Vaccination in Bombay 1913-1923 - 1913-1923
Year: 1913
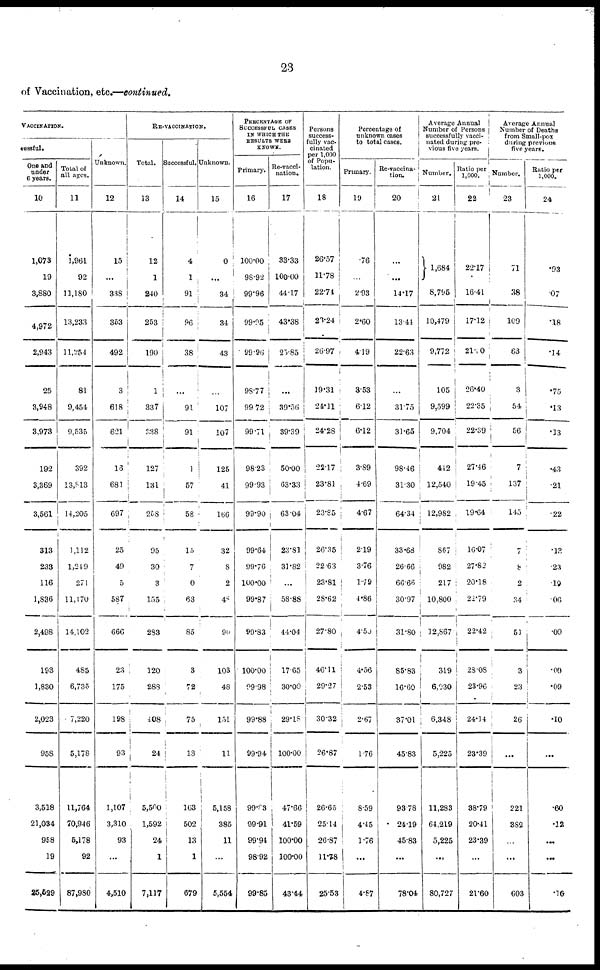
23
of Vaccination, etc.—continued.
VACCINATION.
cessful.
One and
under
6 years.
10
1,073
19
3,880
4,972
2,943
25
3,948
3,973
192
3,369
3,561
313
233
116
1,836
2,498
193
1,830
2,023
958
3,518
21,034
958
19
25,529
Total of
all ages.
11
1,961
92
11,180
13,233
11,254
81
9,454
9,535
392
13,813
14,205
1,112
1,249
271
11,470
14,102
4S5
6,735
7,220
5,178
11,764
70,946
5,178
92
87,980
Unknown.
12
15
...
338
353
492
3
618
621
13
681
697
25
49
5
587
666
23
175
198
93
1,107
3,310
93
...
4,510
RE-VACCINATION.
Total.
13
12
1
240
253
190
1
337
388
127
131
258
95
30
3
155
283
120
288
408
24
5,500
1,592
24
1
7,117
Successful.
14
4
1
91
96
38
...
91
91
1
57
58
15
7
0
63
85
3
72
75
13
163
502
13
1
679
Unknown.
15
0
...
34
34
43
...
107
107
125
41
166
32
8
2
48
90
103
48
151
11
5,158
385
11
...
5,554
PERCENTAGE OF
SUCCESSFUL CASES
IN WHICH THE
RESULTS WERE
KNOWN.
Primary.
16
100.00
98.92
99.96
99.95
99.96
98.77
99.72
99.71
98.23
99.93
99.90
99.64
99.76
100.00
99.87
99.83
100.00
99.98
99.88
99.94
99.83
99.91
99.94
98.92
99.85
Re-vacci-
nation.
17
33.33
100.00
44.17
43.38
25.85
...
39.56
39.39
50.00
63.33
63.04
23.81
31.82
...
58.88
44.04
17.65
30.00
29.18
100.00
47.66
41.59
100.00
100.00
43.44
Persons
success-
fully vac-
cinated
per 1,000
of Popu-
lation.
18
26.57
11.78
22.74
23.24
26.97
19.31
24.11
24.28
22.17
23.81
23.85
26.35
22.63
23.81
28.62
27.80
46.11
29.27
30.32
26.87
26.65
25.14
26.87
11.78
25.53
Percentage of
unknown cases
to total cases.
Primary.
19
.76
...
2.93
2.60
4.19
3.53
6.12
6.12
3.89
4.69
4.67
2.19
3.76
1.79
4.86
4.50
4.56
2.53
2.67
1.76
8.59
4.45
1.76
...
4.67
Re-vaccina¬
tion.
20
...
...
14.17
13.41
22.63
...
31.75
31.65
98.46
31.30
64.34
33.68
26.66
66.66
30.97
31.80
85.83
16.60
37.01
45.83
93.78
24.19
45.83
...
78.04
Average Annual
Number of Persons
successfully vacci¬
nated during pre-
vious five years.
Number.
21
1,684
8,795
10,479
9,772
105
9,599
9,704
412
12,540
12,982
867
982
217
10,800
12,867
319
6,030
6,348
5,225
11,283
64,219
5,225
...
80,727
Ratio per
1,000.
22
22.17
16.41
17.12
21.50
26.40
22.35
22.39
27.46
19.45
19.64
16.07
27.82
20.18
22.79
22.42
28.08
23.96
24.14
23.39
38.79
20.41
23.39
...
21.60
Average Annual
Number of Deaths
from Small-pox
during previous
five years.
Number.
23
71
38
109
63
...
54
56
7
137
145
7
8
2
34
51
3
23
26
...
221
382
...
...
603
Ratio per
1,000.
24
.93
.07
.18
.14
.75
.13
.13
.43
.21
.22
.13
.23
19
.06
.09
.09
.09
.10
...
.60
.12
...
...
.16